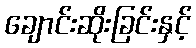
ချောင်းဆိုးခြင်းနှင့်